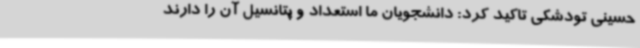
حسینی تودشکی تاکید کرد: دانشجویان ما استعداد و پتانسیل آن را دارند